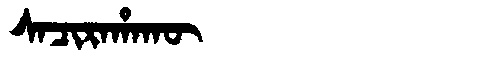
Manchu: ᠰᠠᠴᡳᡵᠠᡥᠠᡴᡡ
Romanization: SACIRAHAKŪ